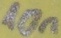
Text: 10n